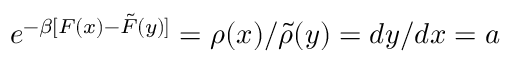
e ^ { - \beta [ F ( x ) - \tilde { F } ( y ) ] } = \rho ( x ) / \tilde { \rho } ( y ) = d y / d x = a